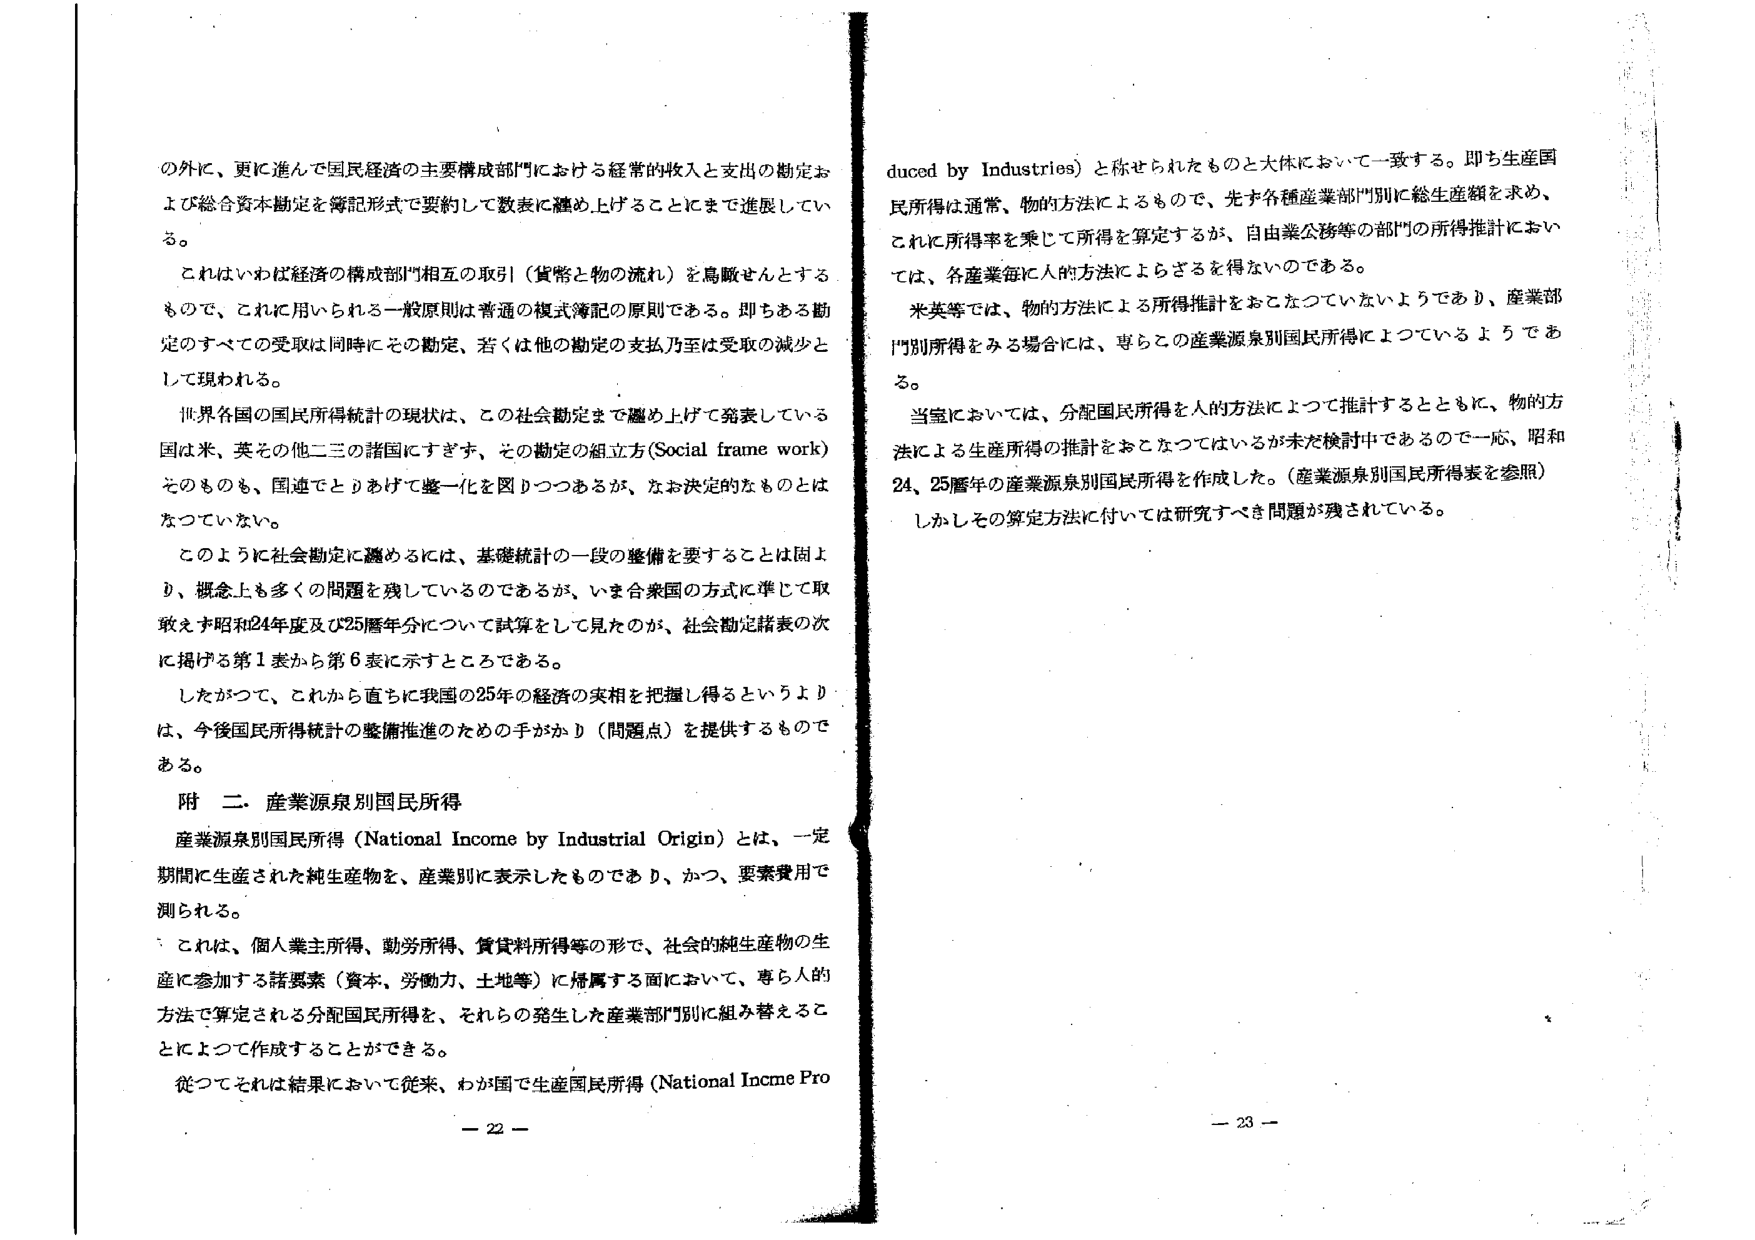
の外に、更に進んで国民経済の主要構成部門における経常的収入と支出の勘定および総合資本勘定を簿記形式で要約して数表に纏め上げることにまで進展している。

これはいわば経済の構成部門相互の取引（貨幣と物の流れ）を鳥瞰さんとするもので、これに用いられる一般原則は普通の複式簿記の原則である。即ちある勘定のすべての受取は同時にその勘定、若しくは他の勘定の支払乃至は受取の減少として現われる。

世界各国の国民所得統計の現状は、この社会勘定まで纏め上げて発表している国は米、英その他二三の諸国にすぎず、その勘定の組立方（Social frame work）そのものも、国通でとりあげて整一化を図りつつあるが、なお決定的なものとはなっていない。

このように社会勘定に纏めるには、基礎統計の一段の整備を要することは固より、概念上も多くの問題を残しているのであるが、いま合衆国の方式に準じて取敢えず昭和24年度及び25年度分について試算をして見たのが、社会勘定諸表の次に掲げる第1表から第6表に示すところである。

したがつて、これから直ちに我国の25年の経済の実相を把握し得るというよりは、今後国民所得統計の整備推進のための手がかり（問題点）を提供するものである。

附 二．産業源泉別国民所得

産業源泉別国民所得（National Income by Industrial Origin）とは、一定期間に生産された純生産物を、産業別に表示したものであり、かつ、要素費用で測られる。

これは、個人業主所得、勤労所得、賃貸料所得等の形で、社会的純生産物の生産に参加する諸要素（資本、労働力、土地等）に帰属する面において、専ら人的方法で算定される分配国民所得を、それらの発生した産業部門別に組み替えることによって作成することができる。

従つてそれは結果において従来、わが国で生産国民所得（National Income Pro

duced by Industries）と称せられたものと大体において一致する。即ち生産国民所得は通常、物的方法によるもので、先ず各種産業部門別に総生産額を求め、これに所得率を乗じて所得を算定するが、自由業公務等の部門の所得推計においては、各産業毎に人的方法によらざるを得ないのである。

米英等では、物的方法による所得推計をおこなつていないようであり、産業部門別所得をみる場合には、専らこの産業源泉別国民所得によつているようである。

当室においては、分配国民所得を人的方法によつて推計するとともに、物的方法による生産所得の推計をおこなつてはいるが未だ検討中であるので一応、昭和24、25年度の産業源泉別国民所得を作成した。（産業源泉別国民所得表を参照）

しかしその算定方法に付いては研究すべき問題が残されている。

－ 22 －

－ 23 －